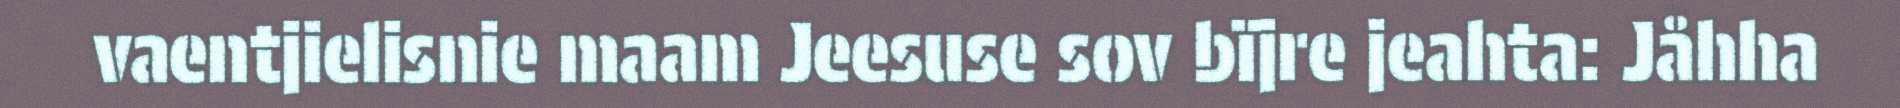
vaentjielisnie maam Jeesuse sov bïjre jeahta: Jåhha